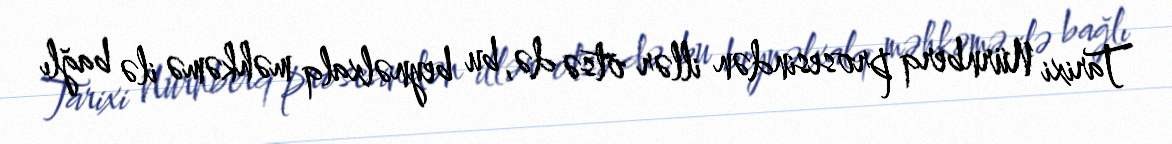
Tarixi Nürnberq prosesindən illər ötsə də, bu beynəlxalq məhkəmə ilə bağlı